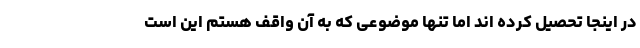
در اینجا تحصیل کرده اند اما تنها موضوعی که به آن واقف هستم این است